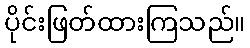
ပိုင်းဖြတ်ထားကြသည်။